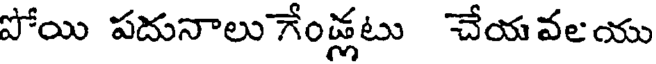
పోయి పదునాలు గేండ్లటు చేయవలయు